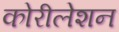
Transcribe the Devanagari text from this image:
कोरीलेशन